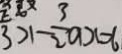
3 > 1 - \frac { 3 } { 2 } a x = 6